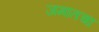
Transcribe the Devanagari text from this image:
जमातचा